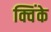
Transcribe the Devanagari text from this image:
क्विंके